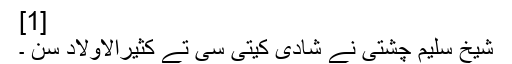
[1]
شیخ سلیم چشتی نے شادی کيتی سی تے کثیرالاولاد سن ۔